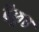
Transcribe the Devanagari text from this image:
बैकुठ